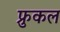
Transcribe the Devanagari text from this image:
फ्रुकल